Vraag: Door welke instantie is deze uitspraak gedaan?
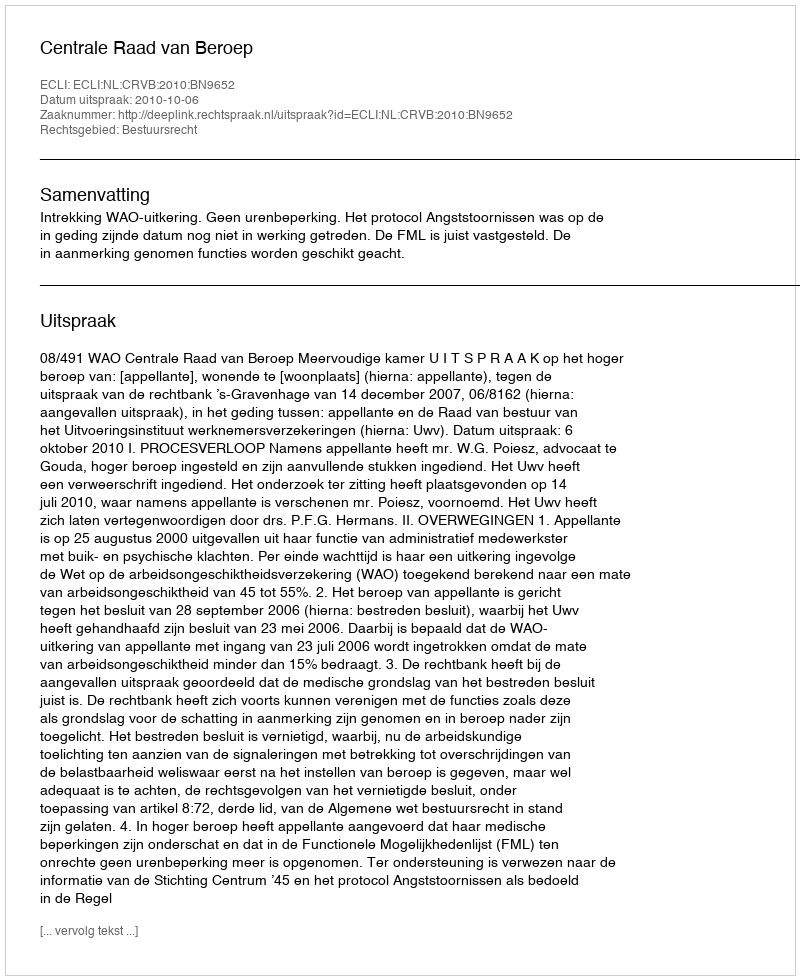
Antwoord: Centrale Raad van Beroep